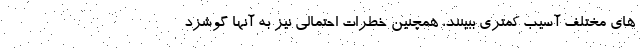
های مختلف آسیب کمتری ببینند، همچنین خطرات احتمالی نیز به آنها گوشزد